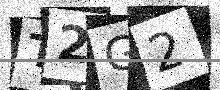
Text: T2G2